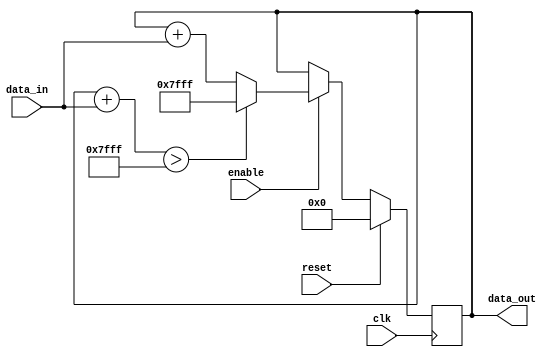
module accumulator (
    input wire clk,
    input wire reset,
    input wire enable,
    input wire signed [15:0] data_in,
    output wire signed [15:0] data_out
);

reg signed [15:0] accumulator_value;

always @(posedge clk) begin
    if (reset) begin
        accumulator_value <= 16'b0;
    end else if (enable) begin
        if (accumulator_value + data_in > 16'b0111111111111111) begin
            accumulator_value <= 16'b0111111111111111; // Overflow
        end else begin
            accumulator_value <= accumulator_value + data_in;
        end
    end
end

assign data_out = accumulator_value;

endmodule